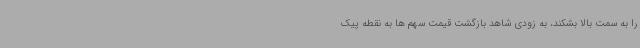
را به سمت بالا بشکند، به زودی شاهد بازگشت قیمت سهم ها به نقطه پیک